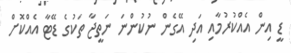
ޑީ އިން އެއްކުރުމާއި އަދި އޭގެން ނުކުންނަ ނަތީޖާ ތަކުގެ ޑޭޓާ އެއްކޮށް